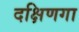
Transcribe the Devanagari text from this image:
दक्षिणगा